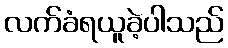
လက်ခံရယူခဲ့ပါသည်